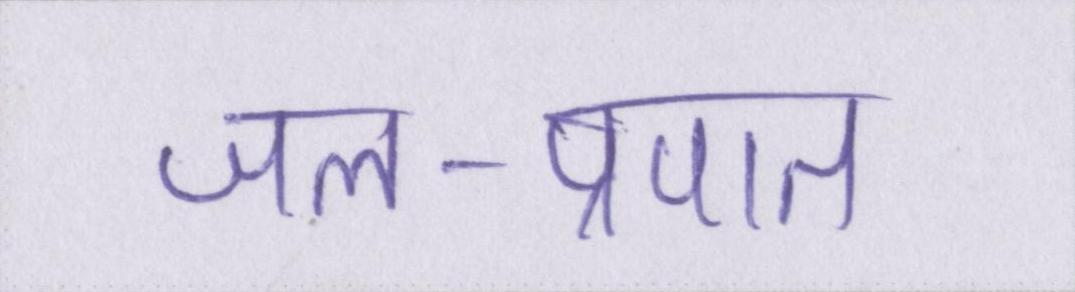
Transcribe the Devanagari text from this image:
जल-प्रपात